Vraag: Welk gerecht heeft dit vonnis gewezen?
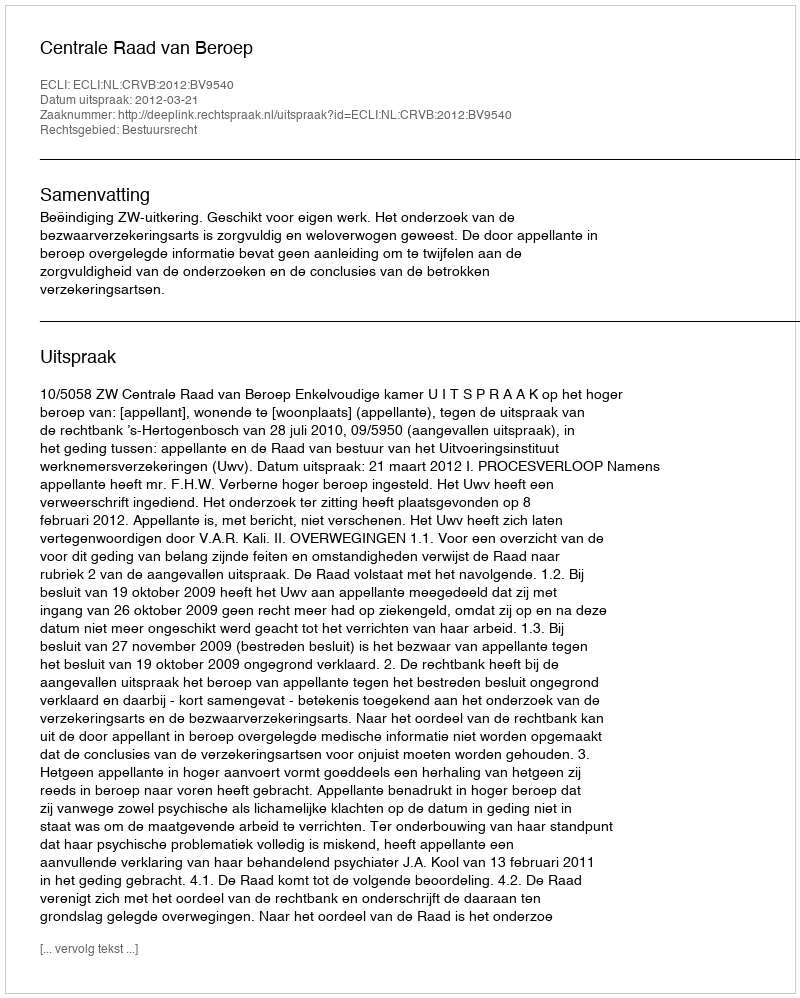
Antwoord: Centrale Raad van Beroep